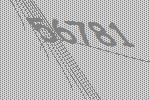
56781